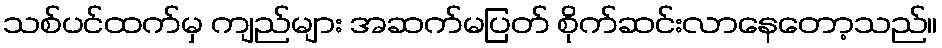
သစ်ပင်ထက်မှ ကျည်များ အဆက်မပြတ် စိုက်ဆင်းလာနေတော့သည်။